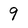
Character: 9